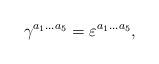
LaTeX: \begin{align*}\gamma^{a_1\ldots a_5}=\varepsilon^{a_1\ldots a_5},\end{align*}